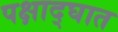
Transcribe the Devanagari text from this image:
पक्षाद्घात